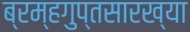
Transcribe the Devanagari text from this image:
ब्रम्हगुप्तसारख्या